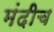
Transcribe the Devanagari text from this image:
मंदीच